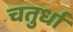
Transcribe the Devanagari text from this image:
चतुर्धा